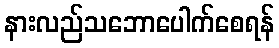
နားလည်သဘောပေါက်စေရန်